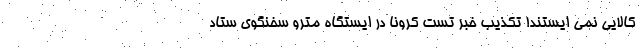
کالایی نمی ایستند! تکذیب خبر تست کرونا در ایستگاه مترو سخنگوی ستاد